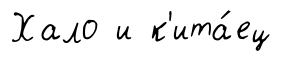
Хало и к'ита́ец